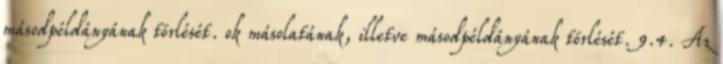
másodpéldányának törlését. ok másolatának, illetve másodpéldányának törlését. 9.4. Az